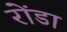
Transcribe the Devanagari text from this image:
रोंडा